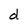
Character: d